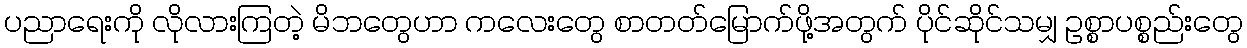
ပညာရေးကို လိုလားကြတဲ့ မိဘတွေဟာ ကလေးတွေ စာတတ်မြောက်ဖို့အတွက် ပိုင်ဆိုင်သမျှ ဥစ္စာပစ္စည်းတွေ